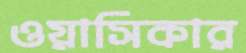
ওয়াসিকার